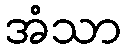
အံသာ